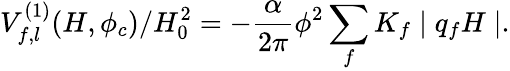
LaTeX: V_{f,l}^{(1)}(H,\phi_{c})/H_{0}^{2}=-\frac{\alpha}{2\pi}\phi^{2}\sum_{f}K_{f}\mid q_{f}H\mid.